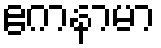
ဧကနာမာ